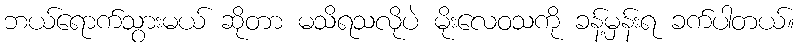
ဘယ်ရောက်သွားမယ် ဆိုတာ မသိရသလိုပဲ မိုးလေဝသကို ခန့်မှန်းရ ခက်ပါတယ်။